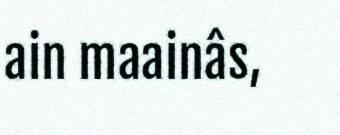
ain maainâs,